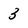
Character: 3